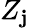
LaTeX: Z_{\mathbf{j}}